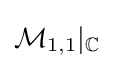
{\mathcal {M}}_{1,1}|_{\mathbb {C} }